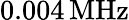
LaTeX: {0.004}\, \mathrm{MHz}